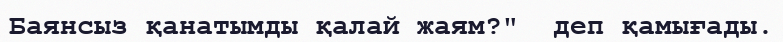
Баянсыз қанатымды қалай жаям?"  деп қамығады.